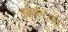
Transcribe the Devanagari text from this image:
कनिष्टिका